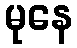
မုနေ